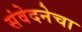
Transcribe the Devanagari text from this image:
संवेदनेचा